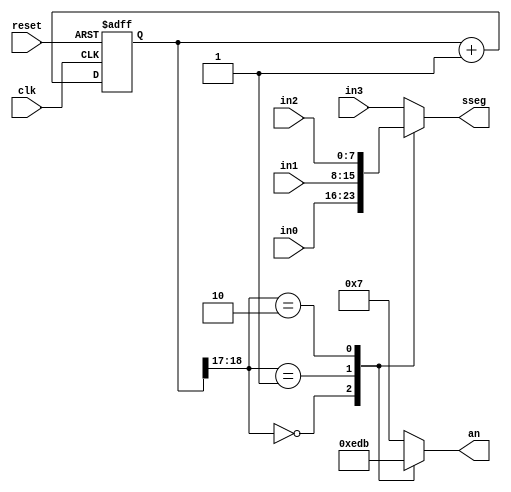
// Listing 4.13
module disp_mux
   (
    input wire clk, reset,
    input [7:0] in3, in2, in1, in0,
    output reg [3:0] an,   // enable, 1-out-of-4 asserted low
    output reg [7:0] sseg  // led segments
   );

   // constant declaration
   // refreshing rate around 800 Hz (100 MHz/2^17)
   localparam N = 19;

   // signal declaration
   reg [N-1:0] q_reg;
   wire [N-1:0] q_next;

   // N-bit counter
   // register
   always @(posedge clk,  posedge reset)
      if (reset)
         q_reg <= 0;
      else
         q_reg <= q_next;

   // next-state logic
   assign q_next = q_reg + 1;

   // 2 MSBs of counter to control 4-to-1 multiplexing
   // and to generate active-low enable signal
   always @*
      case (q_reg[N-1:N-2])
         2'b00:
            begin
               an = 4'b1110;
               sseg = in0;
            end
         2'b01:
            begin
               an =  4'b1101;
               sseg = in1;
            end
         2'b10:
            begin
               an =  4'b1011;
               sseg = in2;
            end
         default:
            begin
               an =  4'b0111;
               sseg = in3;
            end
       endcase

endmodule